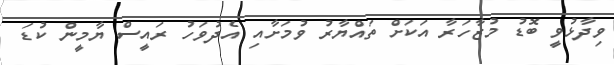
ވިދާޅުވީ ބޮޑު މުޒާހަރާ އަކަށް ތައްޔާރު ވުމަށާއި އެދުވަހު ރައީސް ޔާމީން ކުޑަ